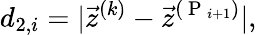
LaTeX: d_{2,i}=|\vec{z}^{(k)}-\vec{z}^{(\mathrm{~P~}_{i+1})}|,